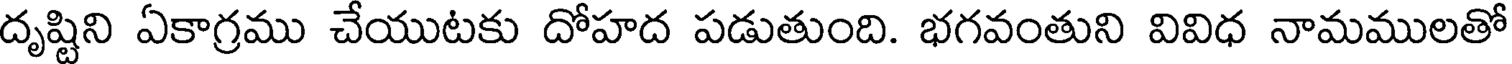
దృష్టిని ఏకాగ్రము చేయుటకు దోహద పడుతుంది. భగవంతుని వివిధ నామములతో